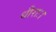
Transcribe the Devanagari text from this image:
धीराः।